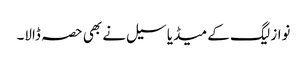
نواز لیگ کے میڈیا سیل نے بھی حصہ ڈالا۔